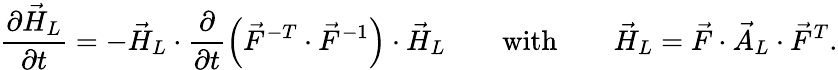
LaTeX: \frac{\partial\vec{H}_{L}}{\partial t}=-\vec{H}_{L}\cdot\frac{\partial}{\partial t}\left(\vec{F}^{-T}\cdot\vec{F}^{-1}\right)\cdot\vec{H}_{L}\qquad\mathrm{with}\qquad\vec{H}_{L}=\vec{F}\cdot\vec{A}_{L}\cdot\vec{F}^{T}.